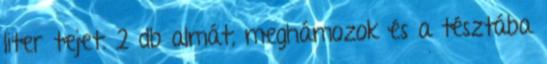
liter tejet. 2 db almát, meghámozok és a tésztába